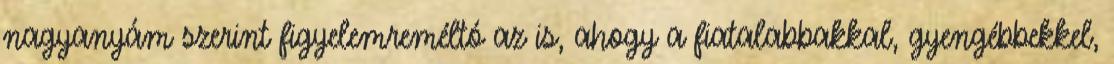
nagyanyám szerint figyelemreméltó az is, ahogy a fiatalabbakkal, gyengébbekkel,